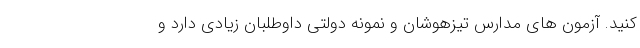
کنید. آزمون های مدارس تیزهوشان و نمونه دولتی داوطلبان زیادی دارد و